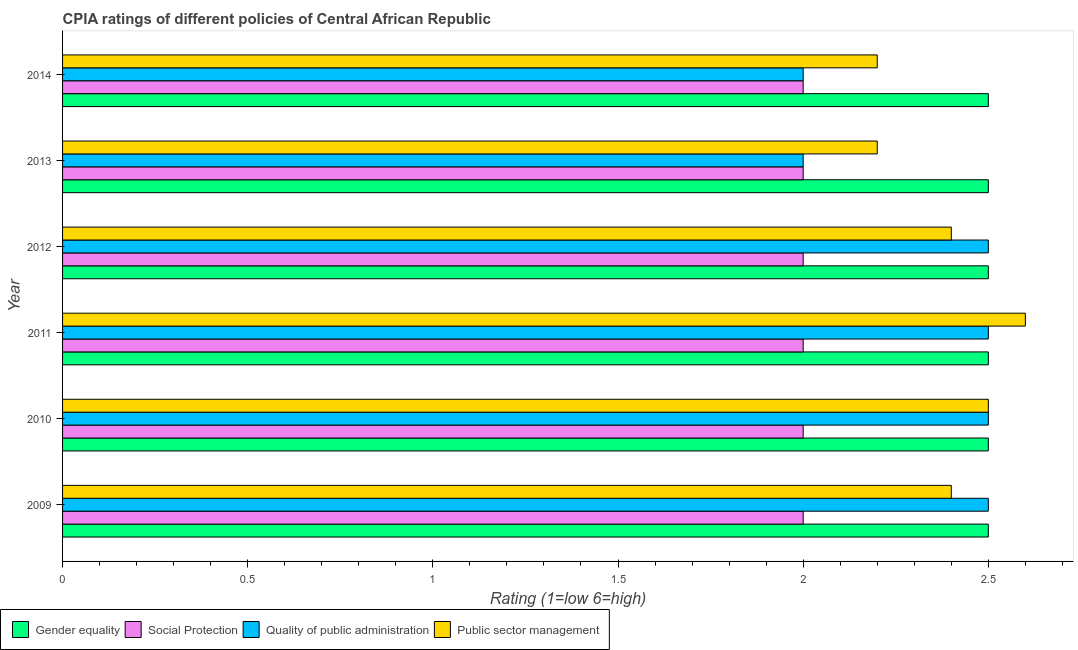
| Year | Gender equality | Social Protection | Quality of public administration | Public sector management |
 | --- | --- | --- | --- | --- |
 | 2009 | 2.5 | 2 | 2.5 | 2.4 |
 | 2010 | 2.5 | 2 | 2.5 | 2.5 |
 | 2011 | 2.5 | 2 | 2.5 | 2.6 |
 | 2012 | 2.5 | 2 | 2.5 | 2.4 |
 | 2013 | 2.5 | 2 | 2 | 2.2 |
 | 2014 | 2.5 | 2 | 2 | 2.2 |